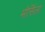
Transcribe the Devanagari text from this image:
मोर्सिला